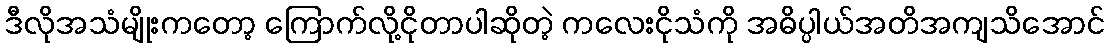
ဒီလိုအသံမျိုးကတော့ ကြောက်လို့ငိုတာပါဆိုတဲ့ ကလေးငိုသံကို အဓိပ္ပါယ်အတိအကျသိအောင်